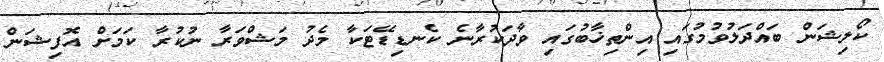
ކޯލިޝަން ބައްދަލުވުމުގައި އިންތިޚާބުގައި ވާދަކުރާނެ ކެނޑިޑޭޓަކާ މެދު މަޝްވަރާ ނުކުރާ ކަމަށް އޮފިޝަން